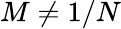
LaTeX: M\neq 1/N